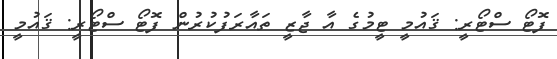
ފޮޓޯ ސްޓޯރީ: ޤައުމީ ޓީމުގެ އާ ޖާޒީ ތައާރަފުކުރުން ފޮޓޯ ސްޓޯރީ: ޤައުމީ